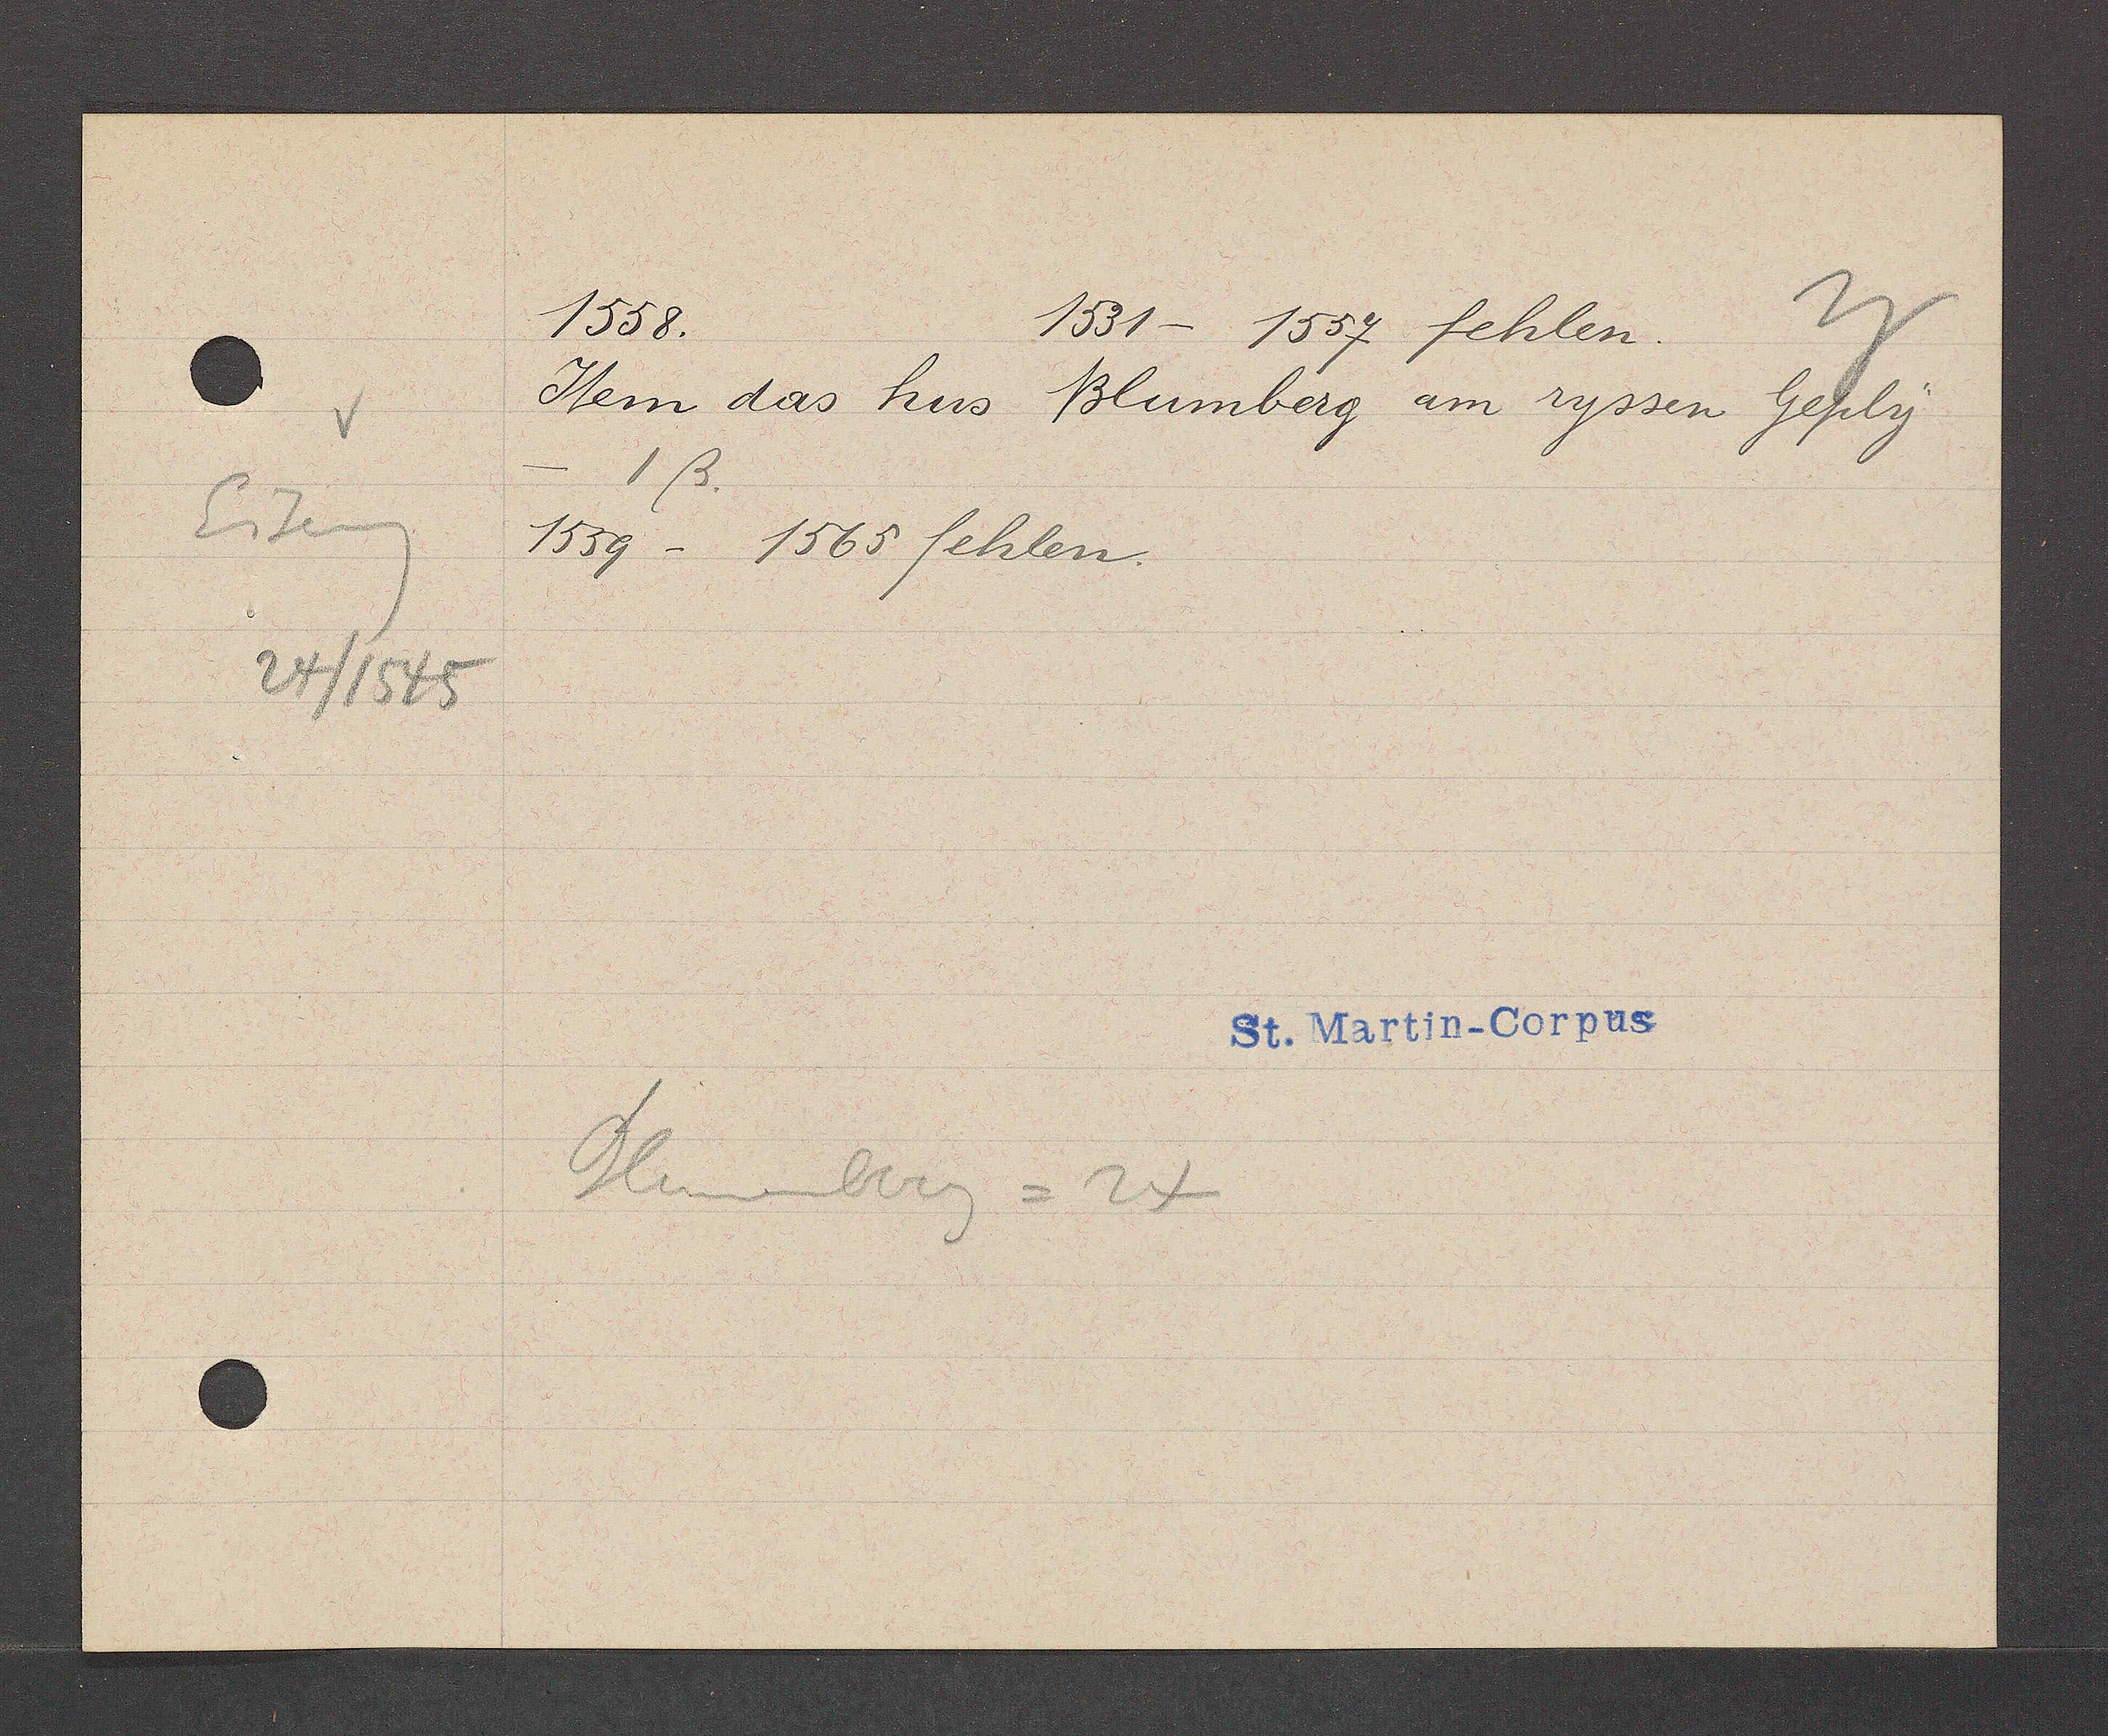
Transcript:
Eiseng
24/1545

1558.
1531 - 1557 fehlen.
Iteim das hus Blumberg am ryssen Geply
- 1ß.
1559 - 1565 fehlen.
Blumenberg = 24